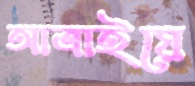
আত্রাইয়ে